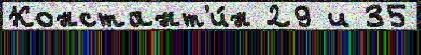
Констант'и́н 29 и 35